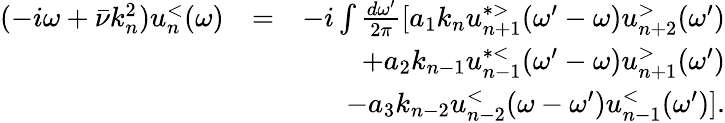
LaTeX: \begin{array}{rlr}{(-i\omega+\bar{\nu}k_{n}^{2})u_{n}^{<}(\omega)}&{=}&{-i\int\frac{d\omega^{\prime}}{2\pi}[a_{1}k_{n}u_{n+1}^{*>}(\omega^{\prime}-\omega)u_{n+2}^{>}(\omega^{\prime})}\\ &{}&{+a_{2}k_{n-1}u_{n-1}^{*<}(\omega^{\prime}-\omega)u_{n+1}^{>}(\omega^{\prime})}\\ &{}&{-a_{3}k_{n-2}u_{n-2}^{<}(\omega-\omega^{\prime})u_{n-1}^{<}(\omega^{\prime})].}\end{array}